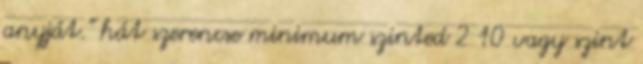
anyját." hát szerencse minimum szinted 2 10 vagy szint